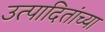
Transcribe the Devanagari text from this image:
उत्पादितांच्या